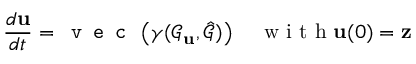
\frac { d \mathbf { u } } { d t } = \texttt { v e c } \left( \gamma ( \mathcal { G } _ { \mathbf { u } } , \hat { \mathcal { G } } ) \right) \quad \mathrm { ~ w ~ i ~ t ~ h ~ } \mathbf { u } ( 0 ) = \mathbf { z }